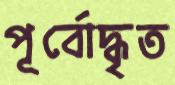
পূর্বোদ্ধৃত